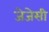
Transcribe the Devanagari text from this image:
जेजेसी